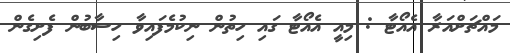
މައްޗަށްއަރާ އެއޯޓާ : މިއީ އެއޯޓާ ގައި ހިތުން ނިކުމެފައިވާ ހިސާބުން ފެށިގެން